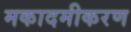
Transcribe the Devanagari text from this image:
मकादमीकरण